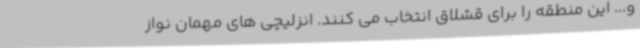
و... این منطقه را برای قشلاق انتخاب می کنند. انزلیچی های مهمان نواز